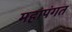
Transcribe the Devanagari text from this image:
महापंगत